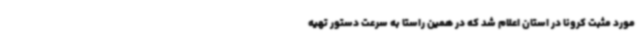
مورد مثبت کرونا در استان اعلام شد که در همین راستا به سرعت دستور تهیه